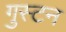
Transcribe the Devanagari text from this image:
गुस्टन